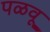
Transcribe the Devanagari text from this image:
पळवू